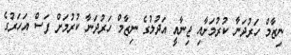
ނިޒާމް ހަރުދަނާ ކުރުމަށާއި ޖިނާއީ އަދުލުގެ ނިޒާމް ހަރުދަނާ ކުރުމަށް ފަސް އަހަރުގެ